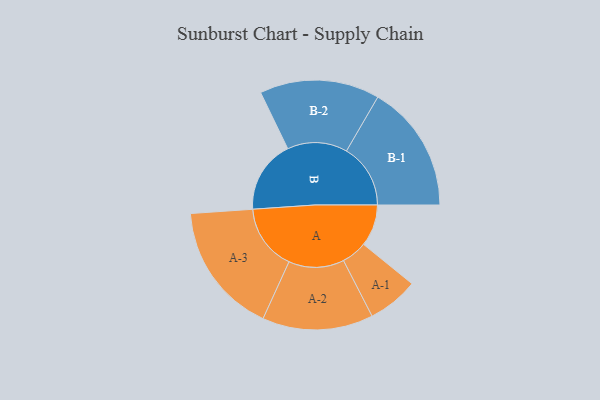
{"axis": {"x": "Segment", "y": "Value"}, "legend": ["", "A", "B"], "data": [{"x": "A", "y": 184, "type": ""}, {"x": "B", "y": 321, "type": ""}, {"x": "A-1", "y": 112, "type": "A"}, {"x": "A-2", "y": 244, "type": "A"}, {"x": "A-3", "y": 290, "type": "A"}, {"x": "B-1", "y": 282, "type": "B"}, {"x": "B-2", "y": 264, "type": "B"}]}